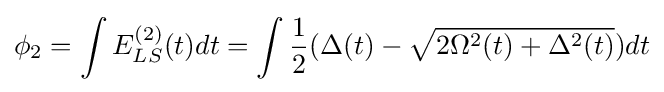
\phi _{2}=\int E_{LS}^{(2)}(t)dt=\int {\frac {1}{2}}(\Delta (t)-{\sqrt {2\Omega ^{2}(t)+\Delta ^{2}(t)}})dt